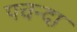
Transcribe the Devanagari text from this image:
पचन्दा